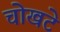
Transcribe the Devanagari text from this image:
चोखटे